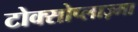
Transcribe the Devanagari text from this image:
टोक्सोप्लाज़्मा